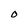
Character: O